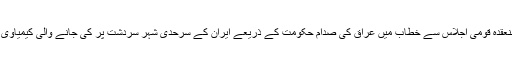
دوسری جانب جنرل یحیی رحیم صفوی نے اتوارکو کیمیاوی دفاع کے زیرعنوان منعقدہ قومی اجلاس سے خطاب میں عراق کی صدام حکومت کے ذریعے ایران کے سرحدی شہر سردشت پر کی جانے والی کیمیاوی بمباری کی جانب اشارہ کیا اور کہا کہ یہ ملت ایران کی تاریخ کا ایک سیاہ دن تھا۔